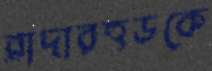
ব্রাদারহুডকে